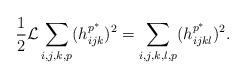
LaTeX: \begin{align*}\aligned\frac{1}{2}\mathcal{L}\sum_{i,j,k,p}(h_{ijk}^{p^{\ast}})^{2}=\sum_{i,j,k,l,p}(h_{ijkl}^{p^{\ast}})^{2}.\endaligned\end{align*}